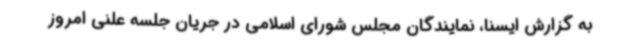
به گزارش ایسنا، نمایندگان مجلس شورای اسلامی در جریان جلسه علنی امروز